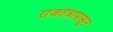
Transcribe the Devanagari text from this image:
राजतंत्रापासून